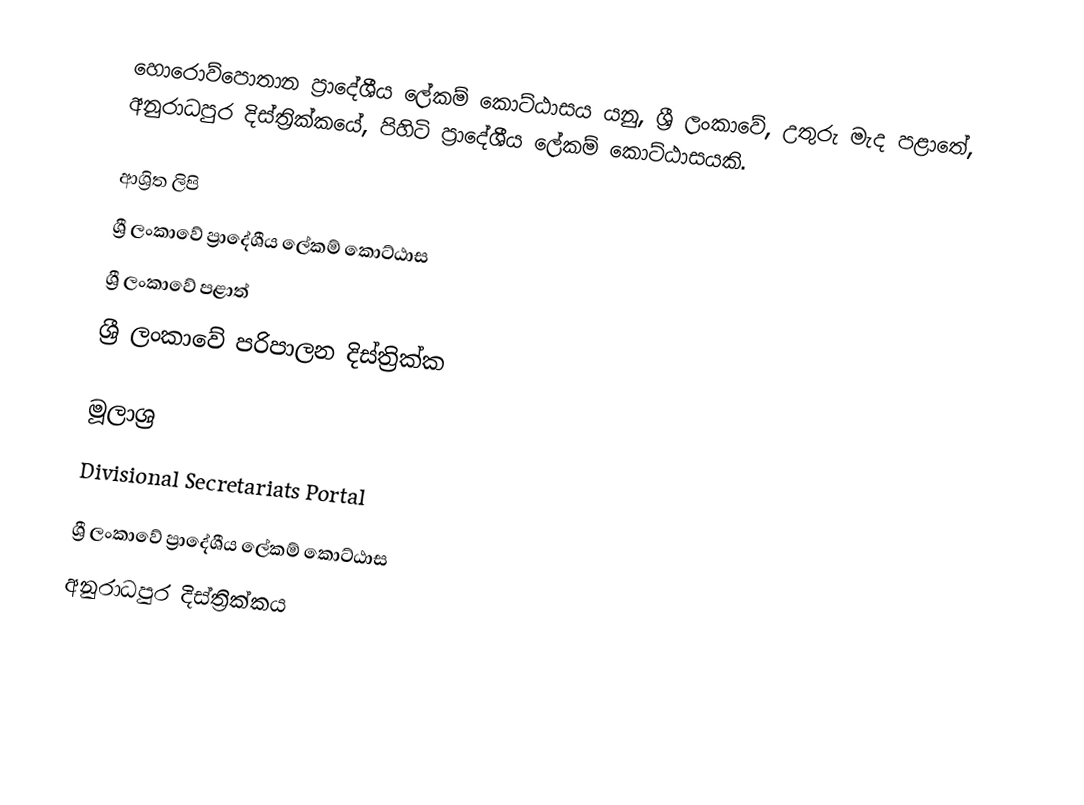
හොරොව්පොතාන ප්‍රාදේශීය ලේකම් කොට්ඨාසය යනු,  ශ්‍රී ලංකාවේ,  උතුරු මැද පළාතේ,   අනුරාධපුර දිස්ත්‍රික්කයේ, පිහිටි ප්‍රාදේශීය ලේකම් කොට්ඨාසයකි.

ආශ්‍රිත ලිපි
ශ්‍රී ලංකාවේ ප්‍රාදේශීය ලේකම් කොට්ඨාස
ශ්‍රී ලංකාවේ පළාත්
ශ්‍රී ලංකාවේ පරිපාලන දිස්ත්‍රික්ක

මූලාශ්‍ර
 Divisional Secretariats Portal

ශ්‍රී ලංකාවේ ප්‍රාදේශීය ලේකම් කොට්ඨාස
අනුරාධපුර දිස්ත්‍රික්කය